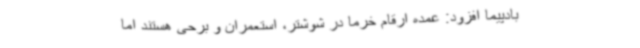
بادپیما افزود: عمده ارقام خرما در شوشتر، استعمران و برحی هستند اما